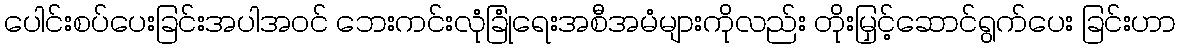
ပေါင်းစပ်ပေးခြင်းအပါအဝင် ဘေးကင်းလုံခြုံရေးအစီအမံများကိုလည်း တိုးမြှင့်ဆောင်ရွက်ပေး ခြင်းဟာ